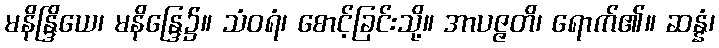
မနိန္ဒြိယေ၊ မနိန္ဒြေ၌။ သံဝရံ၊ စောင့်ခြင်းသို့။ အာပဇ္ဇတိ၊ ရောက်၏။ ဆန္နံ၊